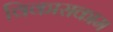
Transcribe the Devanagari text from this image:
विकासकाम